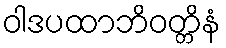
ဝါဒပထာဘိဝတ္တိနံ